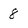
Character: 8